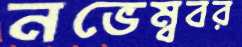
নভেম্ববর